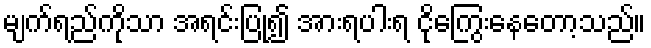
မျက်ရည်ကိုသာ အရင်းပြု၍ အားရပါးရ ငိုကြွေးနေတော့သည်။